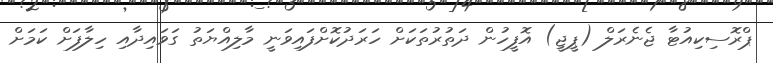
ޕްރޮސިކިއުޓާ ޖެނެރަލް (ޕީޖީ) އޮފީހުން ދަތުރުތަކަށް ހަރަދުކޮށްފައިވަނީ މާލިއްޔަތު ގަވައިދާއި ހިލާފަށް ކަމަށް